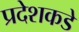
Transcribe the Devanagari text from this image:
प्रदेशकडे